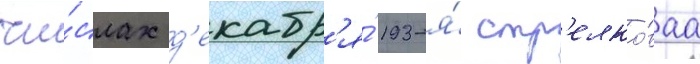
чи́слах д'екабр'я́ 193-я́ стр'елко́ваа